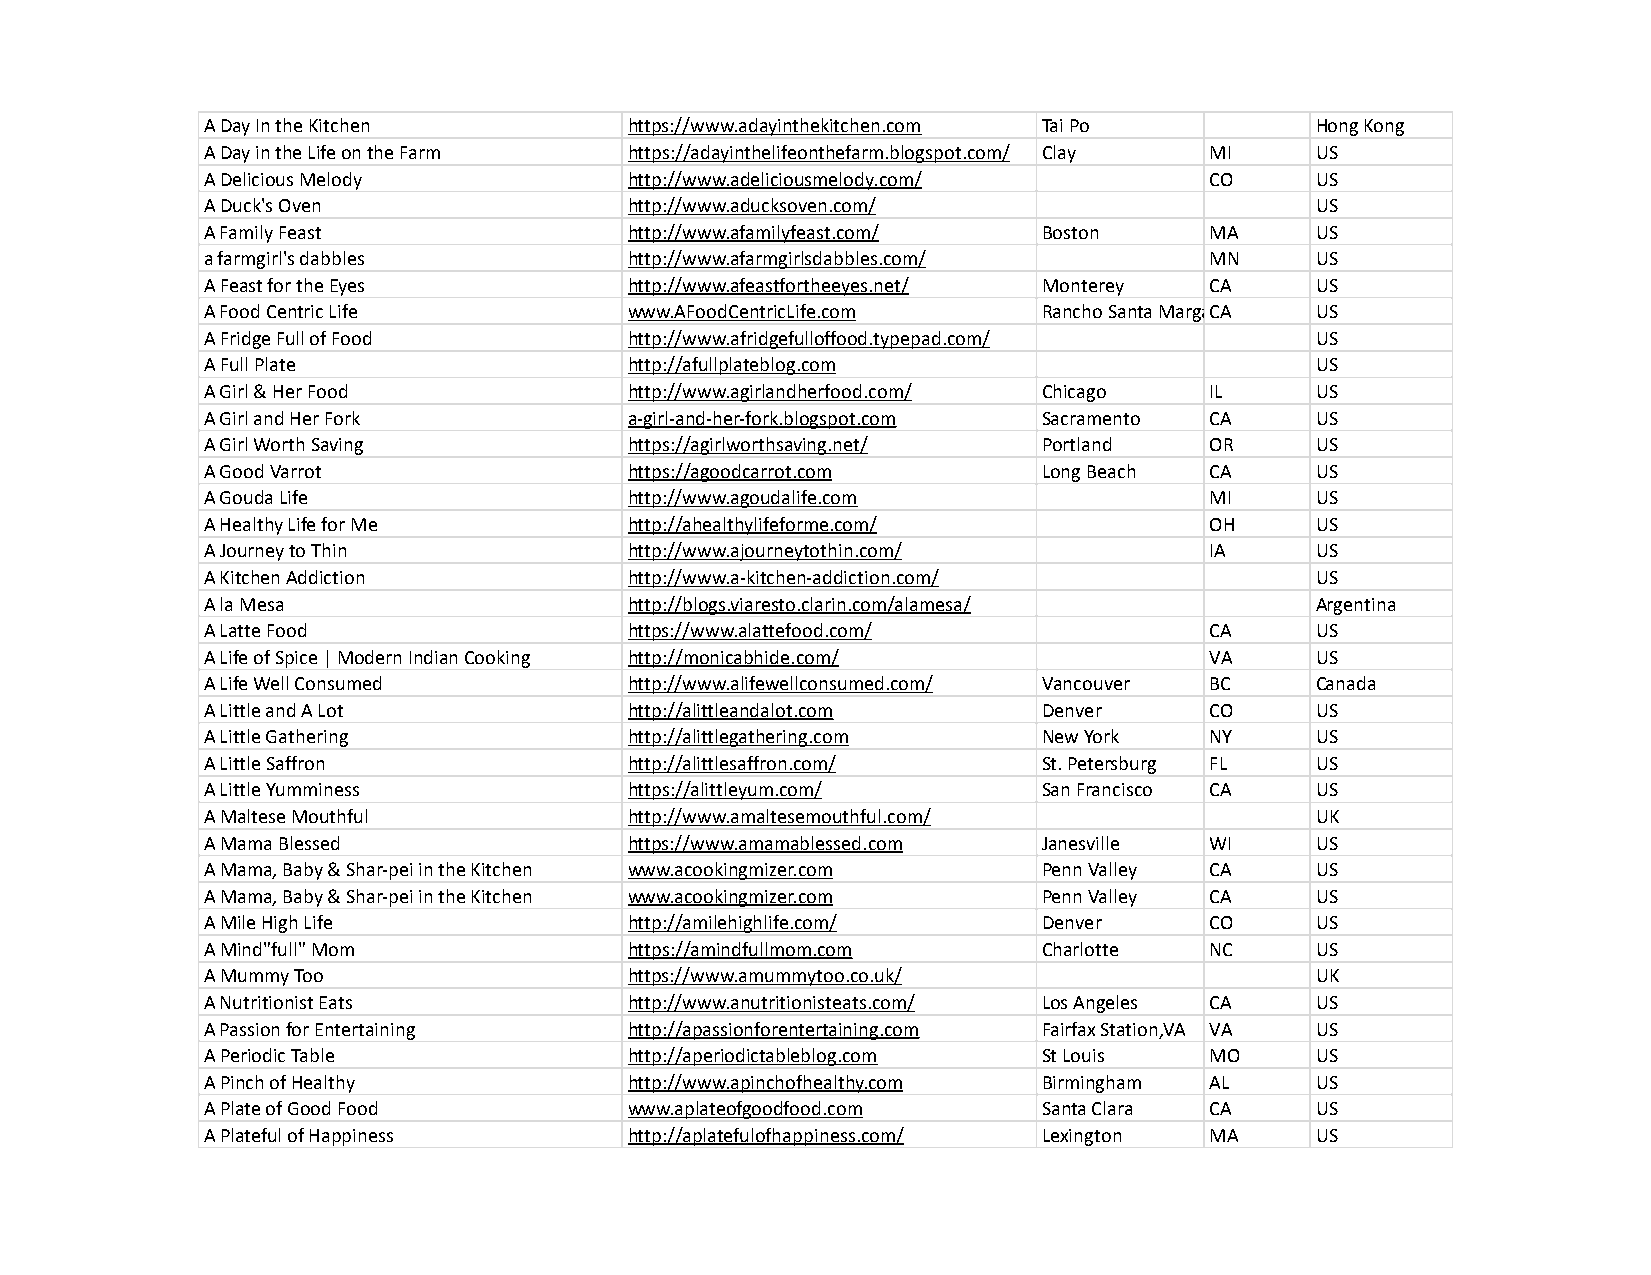
A Day In the Kitchen        https://www.adayinthekitchen.com Tai Po      Hong Kong
 A Day in the Life on the Farm https://adayinthelifeonthefarm.blogspot.com/ Clay MI US
 A Delicious Melody          http://www.adeliciousmelody.com/      CO     US
 A Duck's Oven               http://www.aducksoven.com/                   US
 A Family Feast              http://www.afamilyfeast.com/ Boston   MA     US
 a farmgirl's dabbles        http://www.afarmgirlsdabbles.com/     MN     US
 A Feast for the Eyes        http://www.afeastfortheeyes.net/ Monterey CA US
 A Food Centric Life         www.AFoodCentricLife.com   Rancho Santa MargaCriAta US
 A Fridge Full of Food       http://www.afridgefulloffood.typepad.com/    US
 A Full Plate                http://afullplateblog.com                    US
 A Girl & Her Food           http://www.agirlandherfood.com/ Chicago IL   US
 A Girl and Her Fork         a-girl-and-her-fork.blogspot.com Sacramento CA US
 A Girl Worth Saving         https://agirlworthsaving.net/ Portland OR    US
 A Good Varrot               https://agoodcarrot.com    Long Beach CA     US
 A Gouda Life                http://www.agoudalife.com             MI     US
 A Healthy Life for Me       http://ahealthylifeforme.com/         OH     US
 A Journey to Thin           http://www.ajourneytothin.com/        IA     US
 A Kitchen Addiction         http://www.a-kitchen-addiction.com/          US
 A la Mesa                   http://blogs.viaresto.clarin.com/alamesa/    Argentina
 A Latte Food                https://www.alattefood.com/           CA     US
 A Life of Spice | Modern Indian Cooking http://monicabhide.com/   VA     US
 A Life Well Consumed        http://www.alifewellconsumed.com/ Vancouver BC Canada
 A Little and A Lot          http://alittleandalot.com  Denver     CO     US
 A Little Gathering          http://alittlegathering.com New York  NY     US
 A Little Saffron            http://alittlesaffron.com/ St. Petersburg FL US
 A Little Yumminess          https://alittleyum.com/    San Francisco CA  US
 A Maltese Mouthful          http://www.amaltesemouthful.com/             UK
 A Mama Blessed              https://www.amamablessed.com Janesville WI   US
 A Mama, Baby & Shar-pei in the Kitchen www.acookingmizer.com Penn Valley CA US
 A Mama, Baby & Shar-pei in the Kitchen www.acookingmizer.com Penn Valley CA US
 A Mile High Life            http://amilehighlife.com/  Denver     CO     US
 A Mind"full" Mom            https://amindfullmom.com   Charlotte  NC     US
 A Mummy Too                 https://www.amummytoo.co.uk/                 UK
 A Nutritionist Eats         http://www.anutritionisteats.com/ Los Angeles CA US
 A Passion for Entertaining  http://apassionforentertaining.com Fairfax Station,VA VA US
 A Periodic Table            http://aperiodictableblog.com St Louis MO    US
 A Pinch of Healthy          http://www.apinchofhealthy.com Birmingham AL US
 A Plate of Good Food        www.aplateofgoodfood.com   Santa Clara CA    US
 A Plateful of Happiness     http://aplatefulofhappiness.com/ Lexington MA US